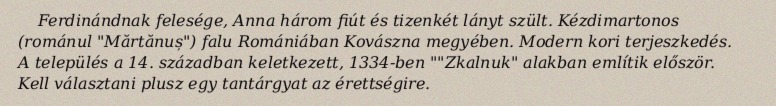
Ferdinándnak felesége, Anna három fiút és tizenkét lányt szült. Kézdimartonos (románul "Mărtănuș") falu Romániában Kovászna megyében. Modern kori terjeszkedés. A település a 14. században keletkezett, 1334-ben ""Zkalnuk" alakban említik először. Kell választani plusz egy tantárgyat az érettségire.